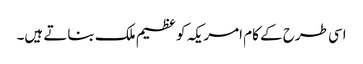
اسی طرح کے کام امریکہ کو عظیم ملک بناتے ہیں۔